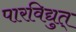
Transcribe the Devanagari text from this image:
पारविद्युत्